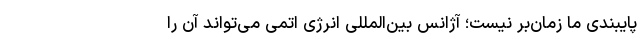
پایبندی ما زمان‌بر نیست؛ آژانس بین‌المللی انرژی اتمی می‌تواند آن را